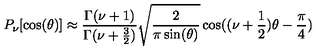
P _ { \nu } [ \cos ( \theta ) ] \approx { \frac { \Gamma ( \nu + 1 ) } { \Gamma ( \nu + { \frac { 3 } { 2 } } ) } } \sqrt { \frac { 2 } { \pi \sin ( \theta ) } } \cos ( ( \nu + { \frac { 1 } { 2 } } ) \theta - { \frac { \pi } { 4 } } )